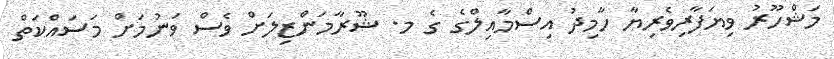
މަޝްހޫރު ވިޔަފާރިވެރިޔާ ހާމިދު އިސްމާއިލްގެ ގެ މ. ޝޫރާމަންޒިލަށް ވެސް ވަނުމަށް މަސައްކަތް